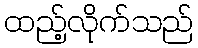
ထည့်လိုက်သည်